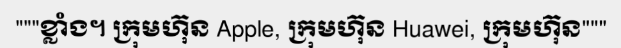
"""ខ្លាំង។ ក្រុមហ៊ុន Apple, ក្រុមហ៊ុន Huawei, ក្រុមហ៊ុន"""